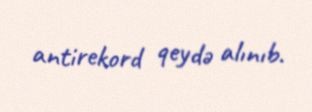
antirekord qeydə alınıb.